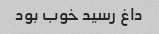
داغ رسید خوب بود